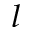
_ l